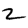
Digit: 5